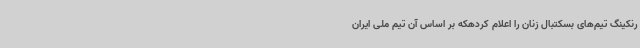
رنکینگ تیم‌های بسکتبال زنان را اعلام کردهکه بر اساس آن تیم ملی ایران